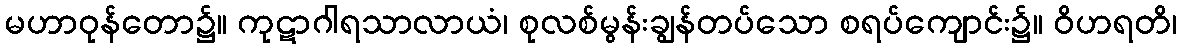
မဟာဝုန်တော၌။ ကုဋာဂါရသာလာယံ၊ စုလစ်မွန်းချွန်တပ်သော စရပ်ကျောင်း၌။ ဝိဟရတိ၊